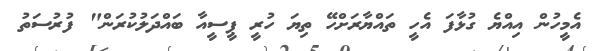
އެމީހުން އިއްޔެ ގުޅާފަ އެހީ ތައްޔާރަށްހޭ ތިޔަ ހުރީ ޕީސީއާ ބައްދަލުކުރަން" ފުރުސަތު